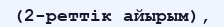
(2-реттік айырым),